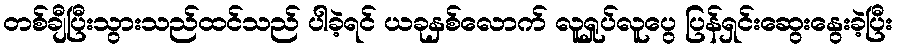
တစ်ချီပြီးသွားသည်ထင်သည် ပါခဲ့ရင် ယခုနှစ်လောက် လူရှုပ်လူပွေ ပြန်ရှင်းဆွေးနွေးခဲ့ပြီး